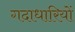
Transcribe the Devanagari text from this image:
गदाधारियों